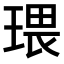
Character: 𤧖